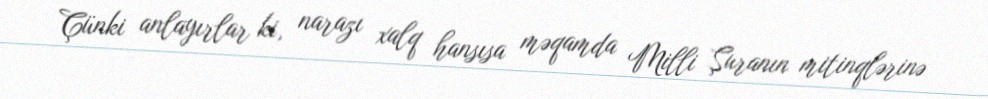
Çünki anlayırlar ki, narazı xalq hansısa məqamda Milli Şuranın mitinqlərinə